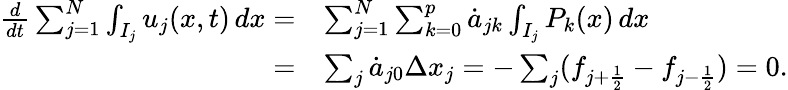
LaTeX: \begin{array}{rl}{\frac{d}{dt}\sum_{j=1}^{N}\int_{I_{j}}u_{j}(x,t)\mathop{dx}=}&{\sum_{j=1}^{N}\sum_{k=0}^{p}\dot{a}_{jk}\int_{I_{j}}P_{k}(x)\mathop{dx}}\\ {=}&{\sum_{j}\dot{a}_{j0}\Delta x_{j}=-\sum_{j}(f_{j+\frac{1}{2}}-f_{j-\frac{1}{2}})=0.}\end{array}